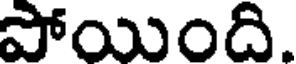
పోయింది.